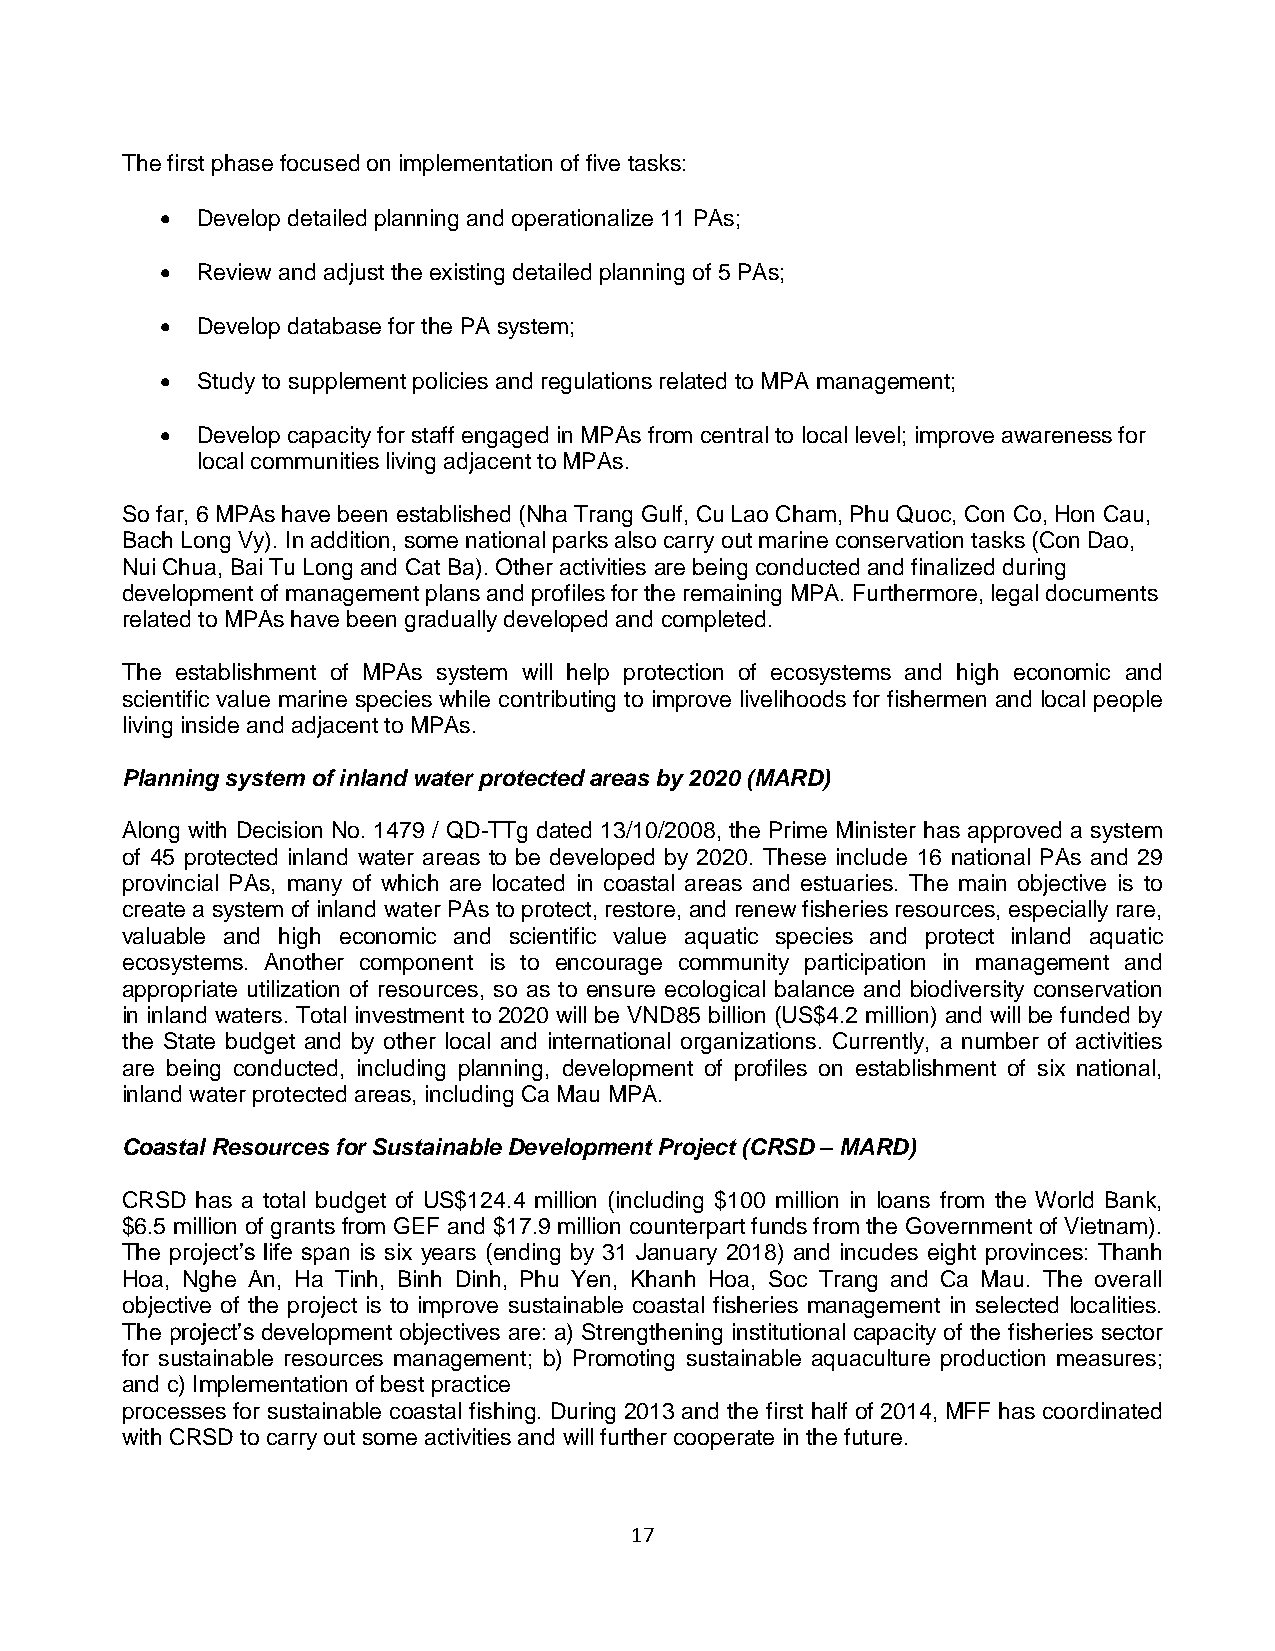
The first phase focused on implementation of five tasks:
  Develop detailed planning and operationalize 11 PAs;
  Review and adjust the existing detailed planning of 5 PAs;
  Develop database for the PA system;
  Study to supplement policies and regulations related to MPA management;
  Develop capacity for staff engaged in MPAs from central to local level; improve awareness for
 local communities living adjacent to MPAs.
 So far, 6 MPAs have been established (Nha Trang Gulf, Cu Lao Cham, Phu Quoc, Con Co, Hon Cau,
 Bach Long Vy). In addition, some national parks also carry out marine conservation tasks (Con Dao,
 Nui Chua, Bai Tu Long and Cat Ba). Other activities are being conducted and finalized during
 development of management plans and profiles for the remaining MPA. Furthermore, legal documents
 related to MPAs have been gradually developed and completed.
 The establishment of MPAs system will help protection of ecosystems and high economic and
 scientific value marine species while contributing to improve livelihoods for fishermen and local people
 living inside and adjacent to MPAs.
 Planning system of inland water protected areas by 2020 (MARD)
 Along with Decision No. 1479 / QD-TTg dated 13/10/2008, the Prime Minister has approved a system
 of 45 protected inland water areas to be developed by 2020. These include 16 national PAs and 29
 provincial PAs, many of which are located in coastal areas and estuaries. The main objective is to
 create a system of inland water PAs to protect, restore, and renew fisheries resources, especially rare,
 valuable and high economic and scientific value aquatic species and protect inland aquatic
 ecosystems. Another component is to encourage community participation in management and
 appropriate utilization of resources, so as to ensure ecological balance and biodiversity conservation
 in inland waters. Total investment to 2020 will be VND85 billion (US$4.2 million) and will be funded by
 the State budget and by other local and international organizations. Currently, a number of activities
 are being conducted, including planning, development of profiles on establishment of six national,
 inland water protected areas, including Ca Mau MPA.
 Coastal Resources for Sustainable Development Project (CRSD – MARD)
 CRSD has a total budget of US$124.4 million (including $100 million in loans from the World Bank,
 $6.5 million of grants from GEF and $17.9 million counterpart funds from the Government of Vietnam).
 The project’s life span is six years (ending by 31 January 2018) and incudes eight provinces: Thanh
 Hoa, Nghe An, Ha Tinh, Binh Dinh, Phu Yen, Khanh Hoa, Soc Trang and Ca Mau. The overall
 objective of the project is to improve sustainable coastal fisheries management in selected localities.
 The project’s development objectives are: a) Strengthening institutional capacity of the fisheries sector
 for sustainable resources management; b) Promoting sustainable aquaculture production measures;
 and c) Implementation of best practice
 processes for sustainable coastal fishing. During 2013 and the first half of 2014, MFF has coordinated
 with CRSD to carry out some activities and will further cooperate in the future.
 17